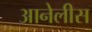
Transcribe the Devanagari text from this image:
आनेलीस